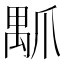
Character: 𤔝